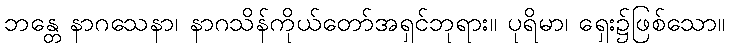
ဘန္တေ နာဂသေနာ၊ နာဂသိန်ကိုယ်တော်အရှင်ဘုရား။ ပုရိမာ၊ ရှေး၌ဖြစ်သော။